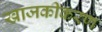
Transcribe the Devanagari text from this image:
खाजकीकरण